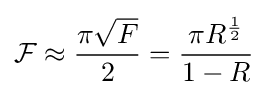
{\mathcal {F}}\approx {\frac {\pi {\sqrt {F}}}{2}}={\frac {\pi R^{\frac {1}{2}}}{1-R}}